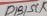
Text: D13/SCK